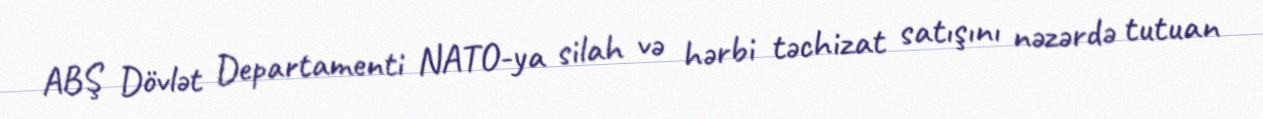
ABŞ Dövlət Departamenti NATO-ya silah və hərbi təchizat satışını nəzərdə tutuan